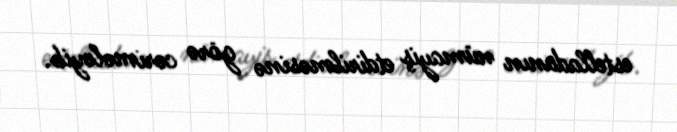
estelladanın nümayiş etdirilməsinə görə cərimələyib.